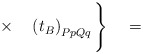
\begin{align*}\times\quad\left(t_B\right)_{PpQq}\Bigg\}\quad=\end{align*}